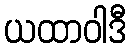
ယထာဝါဒီ